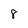
Character: 8